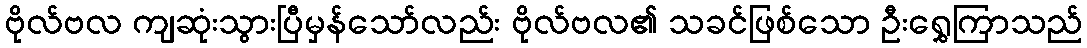
ဗိုလ်ဗလ ကျဆုံးသွားပြီမှန်သော်လည်း ဗိုလ်ဗလ၏ သခင်ဖြစ်သော ဦးရွှေကြာသည်